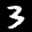
Label: 3